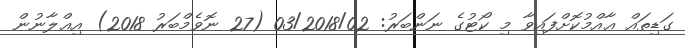
ގަޑިތައް ޢާއްމުކޮށްފައިވާ މި ކޯޓުގެ ނަންބަރު: 03/2018/02 (27 ނޮވެމްބަރު 2018) އިޢްލާނުން